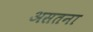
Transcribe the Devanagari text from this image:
असतना